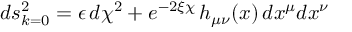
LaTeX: d s _ { k = 0 } ^ { 2 } = \epsilon \, d \chi ^ { 2 } + e ^ { - 2 \xi \chi } \, h _ { \mu \nu } ( x ) \, d x ^ { \mu } d x ^ { \nu }